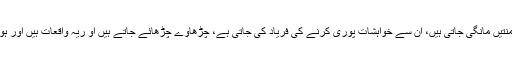
ان سے منتیں مانگی جاتی ہیں، ان سے خواہشات پوری کرنے کی فریاد کی جاتی ہے، چڑھاوے چڑھائے جاتے ہیں او ریہ واقعات ہیں اور ہوتے ہیں۔